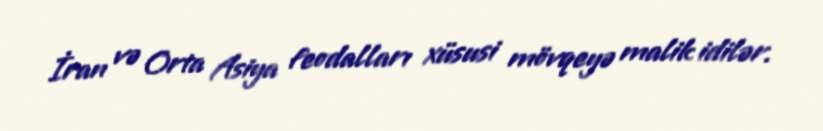
İran və Orta Asiya feodalları xüsusi mövqeyə malik idilər.